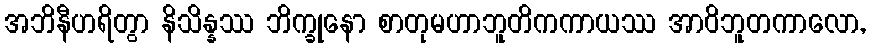
အဘိနီဟရိတွာ နိသိန္နဿ ဘိက္ခုနော စာတုမဟာဘူတိကကာယဿ အာဝိဘူတကာလော,